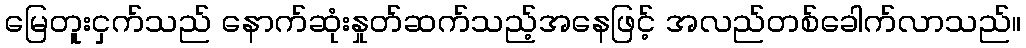
မြေတူးငှက်သည် နောက်ဆုံးနှုတ်ဆက်သည့်အနေဖြင့် အလည်တစ်ခေါက်လာသည်။